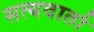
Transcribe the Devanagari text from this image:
सत्यवार्ता